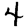
Digit: 4